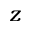
z